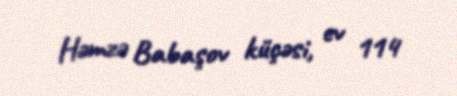
Həmzə Babaşov küçəsi, ev 114